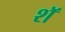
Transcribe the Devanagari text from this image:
शॅ